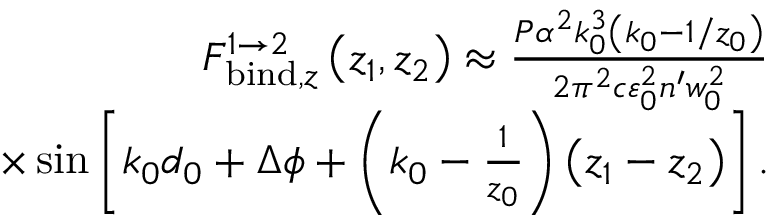
\begin{array} { r l r } & { } & { F _ { \mathrm { b i n d } , z } ^ { 1 \rightarrow 2 } \left( z _ { 1 } , z _ { 2 } \right) \approx \frac { P \alpha ^ { 2 } k _ { 0 } ^ { 3 } \left( k _ { 0 } - 1 / z _ { 0 } \right) } { 2 \pi ^ { 2 } c \varepsilon _ { 0 } ^ { 2 } n ^ { \prime } w _ { 0 } ^ { 2 } } } \\ & { } & { \times \sin \left[ k _ { 0 } d _ { 0 } + \Delta \phi + \left( k _ { 0 } - \frac { 1 } { z _ { 0 } } \right) \left( z _ { 1 } - z _ { 2 } \right) \right] . } \end{array}